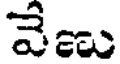
వేణు